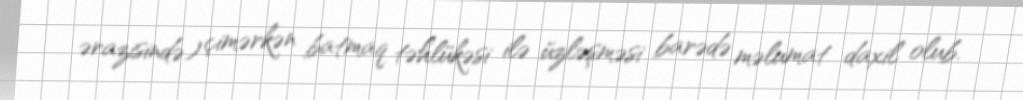
ərazisində) çimərkən batmaq təhlükəsi ilə üzləşməsi barədə məlumat daxil olub.